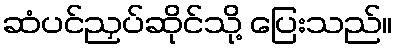
ဆံပင်ညှပ်ဆိုင်သို့ ပြေးသည်။